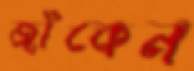
জাঁকেন